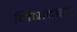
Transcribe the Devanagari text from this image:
निषादाला